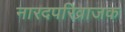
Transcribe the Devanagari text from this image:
नारदपरिव्राजक